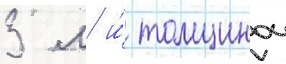
3 м и́ толщинои